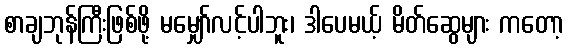
စာချဘုန်ကြီးဖြစ်ဖို့ မမျှော်လင့်ပါဘူး၊ ဒါပေမယ့် မိတ်ဆွေများ ကတော့